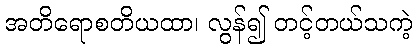
အတိရောစတိယထာ၊ လွန်၍ တင့်တယ်သကဲ့